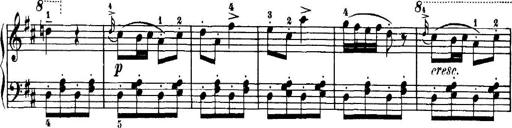
Title: 7 Sonatinas
Composer: Anton Diabelli